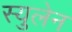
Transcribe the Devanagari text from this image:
स्युलेन